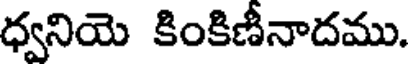
ధ్వనియె కింకిణీనాదము.